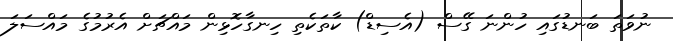
ނުވަތަ ބަނޑުގައި ހުންނަ ގޭސް (އެސިޑް) ކާތަކެތި ހިނގާހޮޅިން މައްޗަށް އެރުމުގެ މައްސަލަ